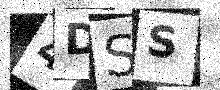
Text: 4DSS